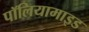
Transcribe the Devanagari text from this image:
पॉलियामाइड